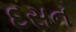
દસન